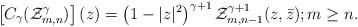
LaTeX: \begin{align*}\left[ C_{\gamma} (\mathcal{Z}_{m,n}^\gamma) \right] (z) &= \left(1-|z|^2\right)^{\gamma+1} \mathcal{Z}_{m,n-1}^{\gamma+1}(z,\bar{z}) ; m\geq n.\end{align*}